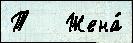
Т   Жена́